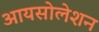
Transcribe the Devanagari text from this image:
आयसोलेशन